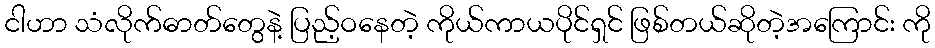
ငါဟာ သံလိုက်ဓာတ်တွေနဲ့ ပြည့်ဝနေတဲ့ ကိုယ်ကာယပိုင်ရှင် ဖြစ်တယ်ဆိုတဲ့အကြောင်း ကို